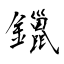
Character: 鑞